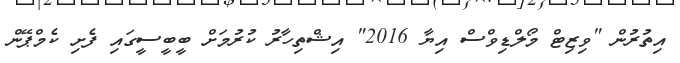
އިތުރުން "ވިޒިޓް މޯލްޑިވްސް އިޔާ 2016" އިޝްތިހާރު ކުރުމަށް ބީބީސީގައި ފެށި ކެމްޕޭން